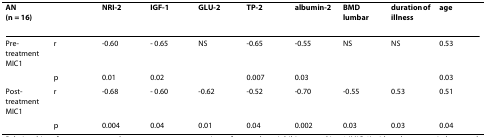
| AN(n = 16) |  | NRI-2 | IGF-1 | GLU-2 | TP-2 | albumin-2 | BMDlumbar | duration of illness | age |
 | --- | --- | --- | --- | --- | --- | --- | --- | --- | --- |
 | Pre-treatment MIC1 | r | -0.60 | - 0.65 | NS | -0.65 | -0.55 | NS | NS | 0.53 |
 |  | p | 0.01 | 0.02 |  | 0.007 | 0.03 |  |  | 0.03 |
 | Post-treatment MIC1 | r | -0.68 | - 0.60 | -0.62 | -0.52 | -0.70 | -0.55 | 0.53 | 0.51 |
 |  | p | 0.004 | 0.04 | 0.01 | 0.04 | 0.002 | 0.03 | 0.03 | 0.04 |